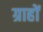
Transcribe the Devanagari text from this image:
ग्राहों